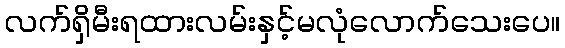
လက်ရှိမီးရထားလမ်းနှင့်မလုံလောက်သေးပေ။